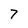
Character: 7